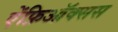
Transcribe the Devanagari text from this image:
ऐंफ़िऑक्सस